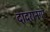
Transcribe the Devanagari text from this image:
दादरानगर